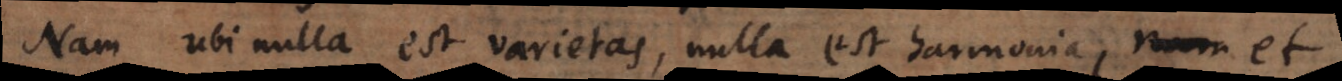
Nam ubi nulla est varietas, nulla est harmonia, nam et